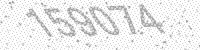
Solution: 159074